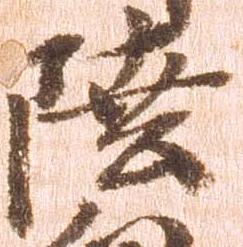
陸